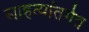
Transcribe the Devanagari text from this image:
साहत्यांतर्गत